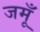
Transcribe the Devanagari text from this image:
जमूँ